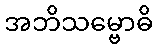
အဘိသမ္ဗောဓိ